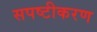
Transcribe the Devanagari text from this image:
सपष्टीकरण